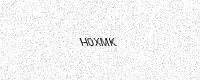
Text: H0XMK